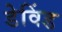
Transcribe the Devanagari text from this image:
डेविंड